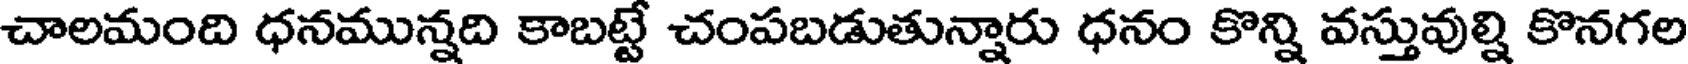
చాలమంది ధనమున్నది కాబట్టే చంపబడుతున్నారు ధనం కొన్ని వస్తువుల్ని కొనగల